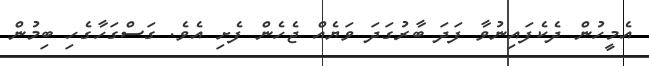
އެމީހުން ދެކެފައިނުވާ ފަދަ ބާރުގަދަ ވަޔެއް ޖެހެން ފެށި އެވެ. ގަސްގަހާގެހި ބިމުން